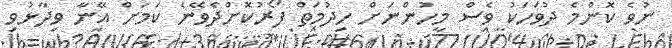
ނުވެ ކޮންމެ ދުވަހަކު ވެސް މީހުންނަށް ހިދުމަތް ފޯރުކޮށްދެވޭނެ ކަމަށް އޭނާ ވިދާޅުވި